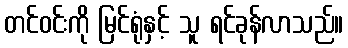
တင်ဝင်းကို မြင်ရုံနှင့် သူ ရင်ခုန်လာသည်။